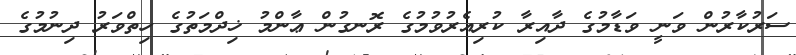
ސަރުކާރުން ވަނީ ވަޑާމުގެ ދާއިރާ ކުރިއެރުވުމުގެ ރޮނގުން ޢާންމު ޚިދްމަތުގެ ހިތްވަރު ދިނުމުގެ